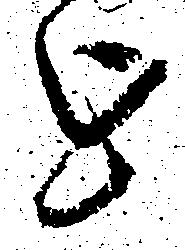
を